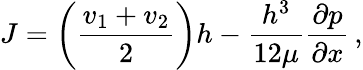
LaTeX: J=\left(\frac{v_{1}+v_{2}}{2}\right)h-\frac{h^{3}}{12\mu}\frac{\partial p}{\partial x}\, ,